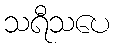
သရီသပေ